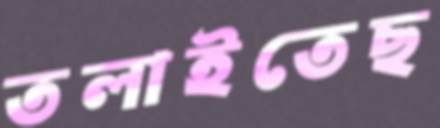
তলাইতেছ